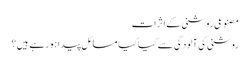
مصنوعی روشنی کے اثرات
روشنی کی آلودگی سے کیا کیا مسائل پیدا ہورہے ہیں؟